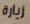
زيارة